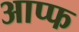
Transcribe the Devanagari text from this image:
आप्फ